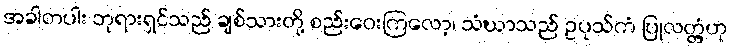
အခါတပါး ဘုရားရှင်သည် ချစ်သားတို့ စည်းဝေးကြလော့၊ သံဃာသည် ဥပုသ်ကံ ပြုလတ္တံ့ဟု